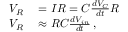
\begin{array} { r l } { V _ { R } } & { { } = I R = C { \frac { d V _ { C } } { d t } } R } \\ { V _ { R } } & { { } \approx R C { \frac { d V _ { i n } } { d t } } \, , } \end{array}